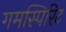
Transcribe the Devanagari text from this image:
गमस्पिरिट